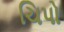
ચિપો